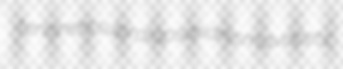
tenoners supralapsarianism avocets